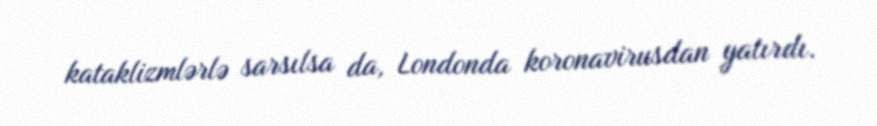
kataklizmlərlə sarsılsa da, Londonda koronavirusdan yatırdı.